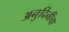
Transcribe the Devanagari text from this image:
अनुदिनींचा